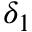
\delta _ { 1 }